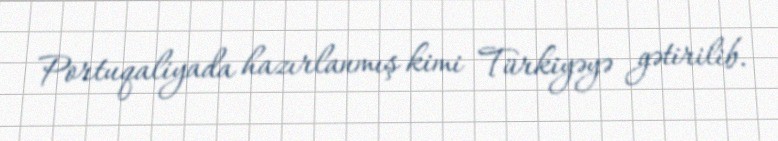
Portuqaliyada hazırlanmış kimi Türkiyəyə gətirilib.